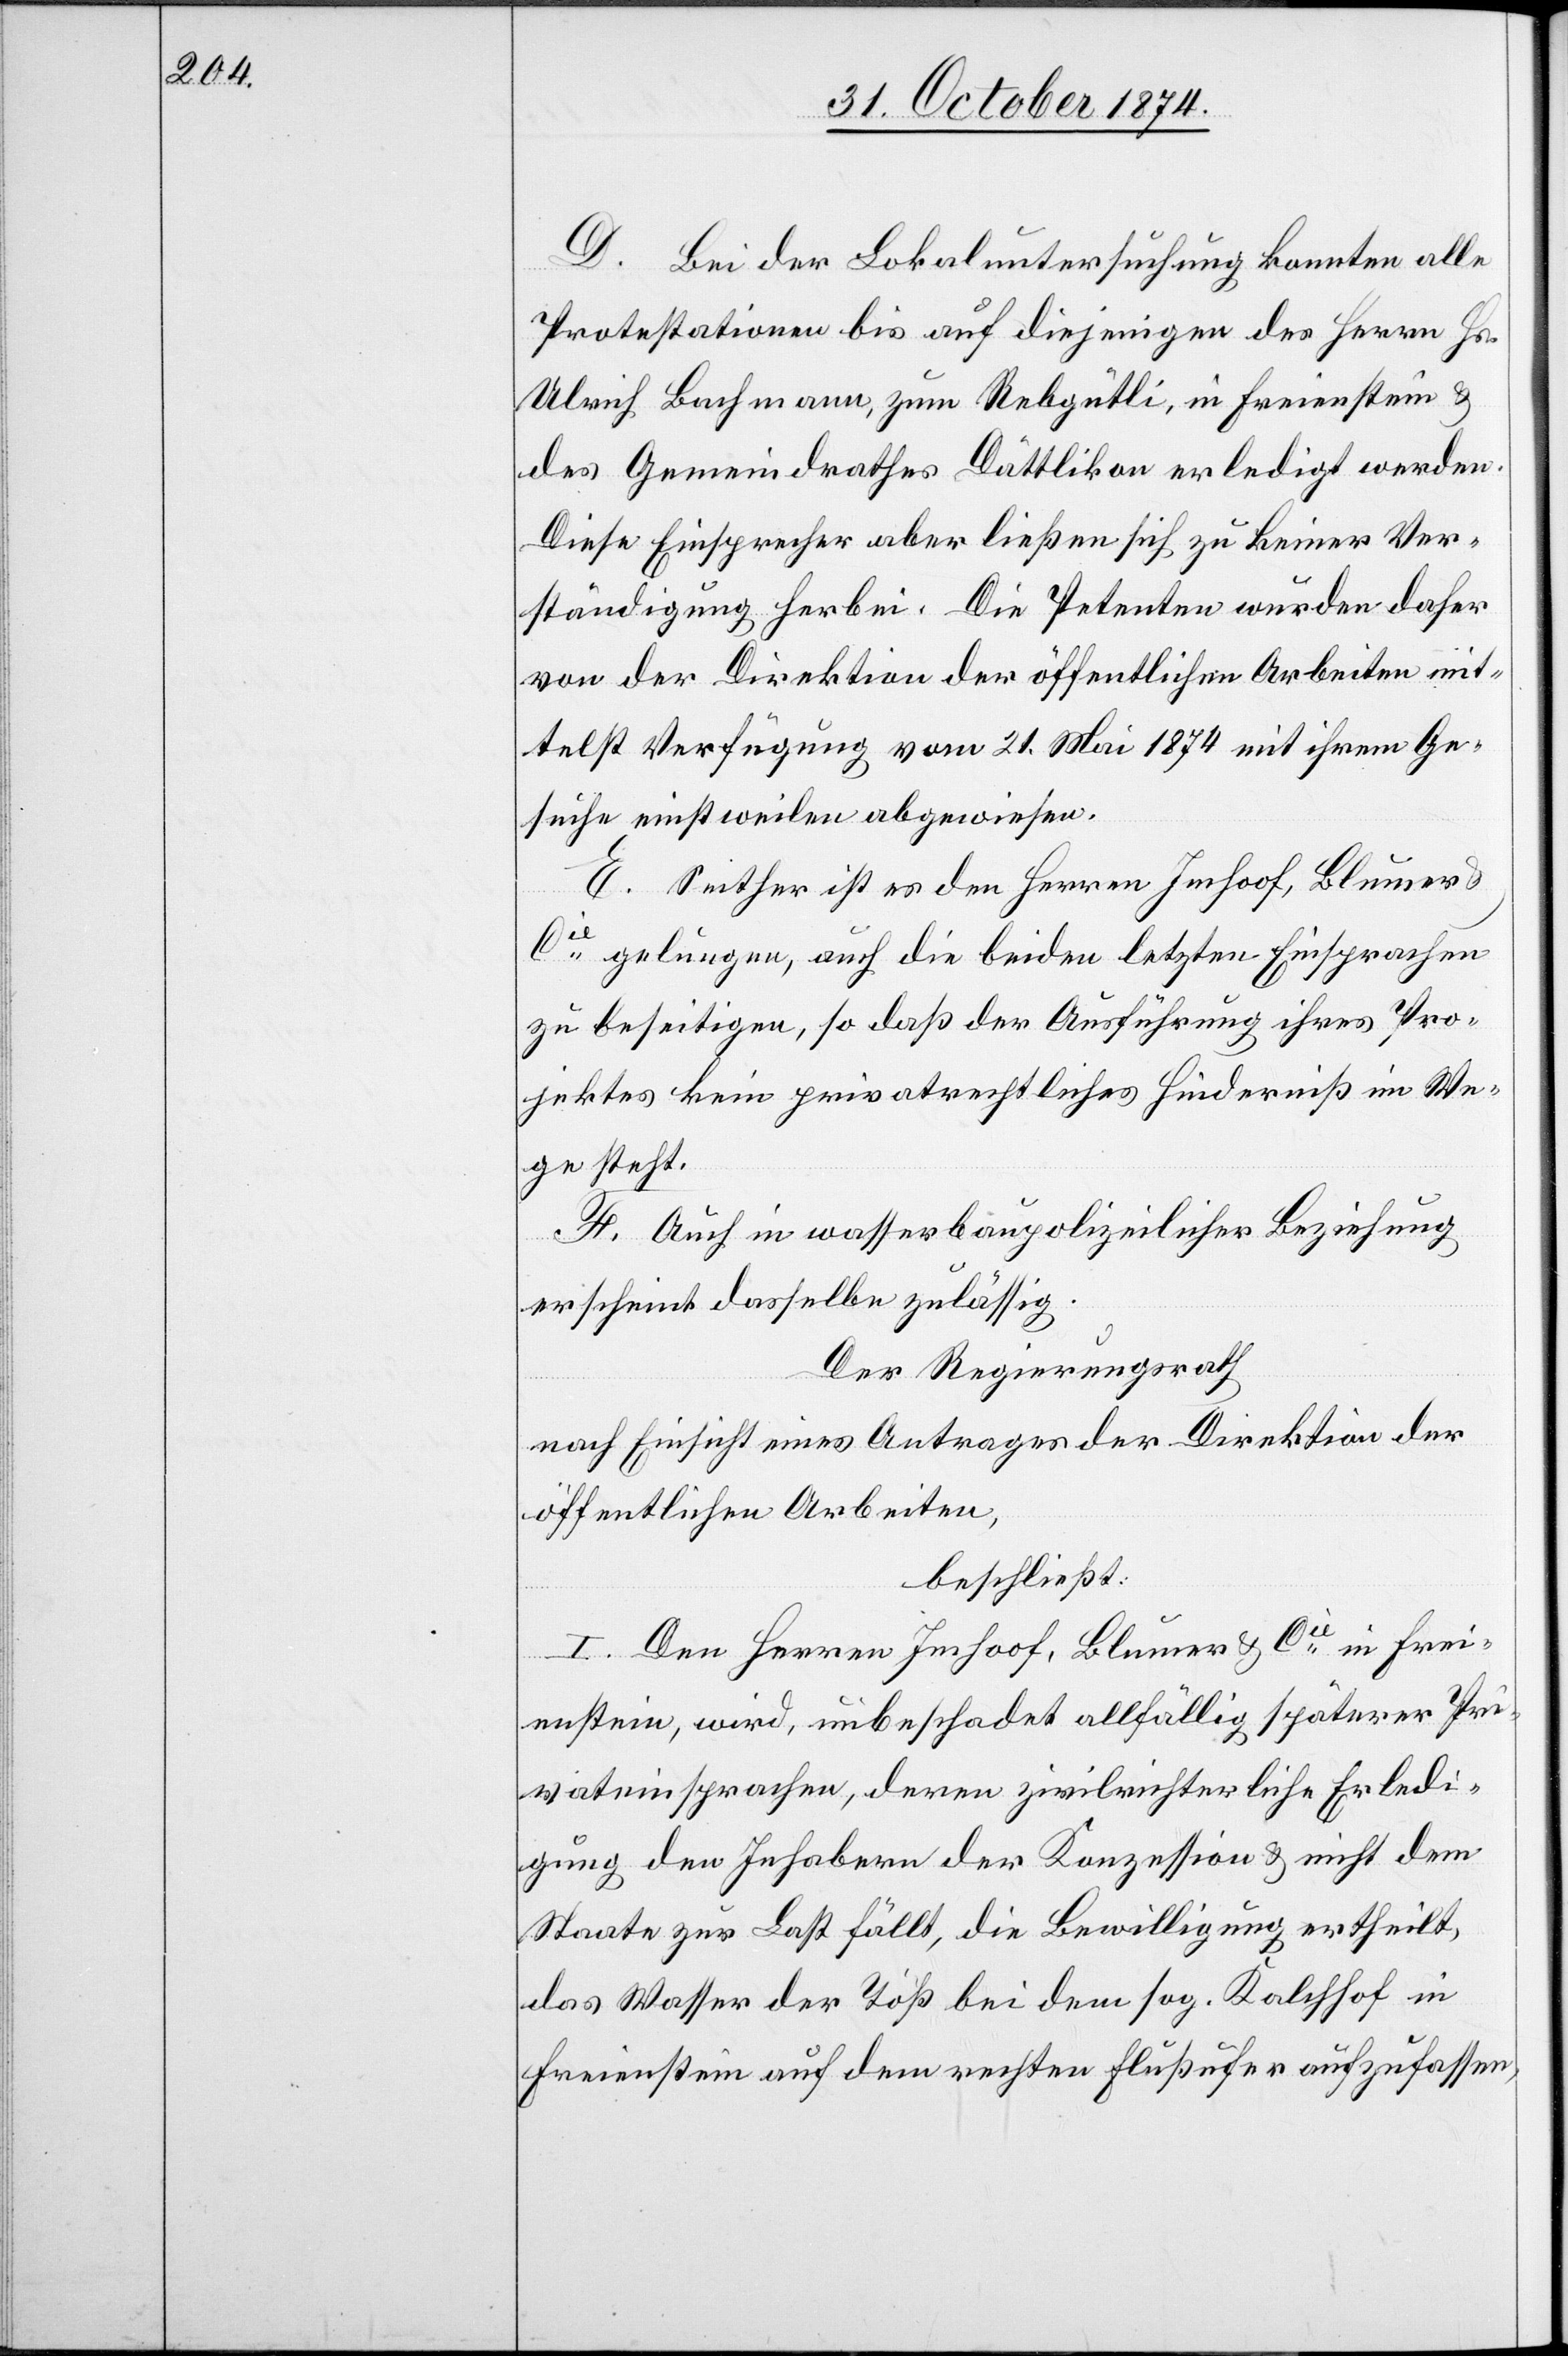
D. Bei der Lokaluntersuchung konnten alle
Protestationen bis auf diejenigen des Herrn Hs.
Ulrich Bachmann, zum Rebgütli, in Freienstein &
des Gemeindrathes Dättlikon erledigt werden.
Diese Einsprecher aber ließen sich zu keiner Ver¬
ständigung herbei. Die Petenten wurden daher
von der Direktion der öffentlichen Arbeiten mit¬
telst Verfügung vom 21. Mai 1874 mit ihrem Ge¬
suche einstweilen abgewiesen.
E. Seither ist es den Herren Imhoof, Blumer
Cie gelungen, auch die beiden letzten Einsprachen
zu beseitigen, so daß der Ausführung ihres Pro¬
jektes kein privatrechtliches Hinderniß im We¬
ge steht.
F. Auch in wasserbaupolizeilicher Beziehung
erscheint dasselbe zulässig.
Der Regierungsrath
nach Einsicht eines Antrages der Direktion der
öffentlichen Arbeiten,
beschließt.
I. Den Herren Imhoof, Blumer & Cie in Frei¬
enstein, wird, unbeschadet allfällig späterer Pri¬
vateinsprachen, deren zivilrichterliche Erledi¬
gung den Inhabern der Konzession & nicht dem
Staate zur Last fällt, die Bewilligung ertheilt,
das Wasser der Töß bei dem sog. Kalchhof in
Freienstein auf dem rechten Flußufer aufzufassen,